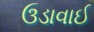
ઉડાવાઈ